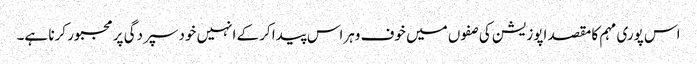
اس پوری مہم کا مقصد اپوزیشن کی صفوں میں خوف وہراس پیدا کرکے انہیں خود سپردگی پر مجبور کرنا ہے۔